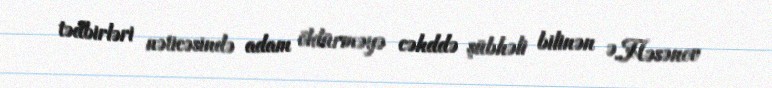
tədbirləri nəticəsində adam öldürməyə cəhddə şübhəli bilinən Ə.Həsənov